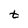
Character: t